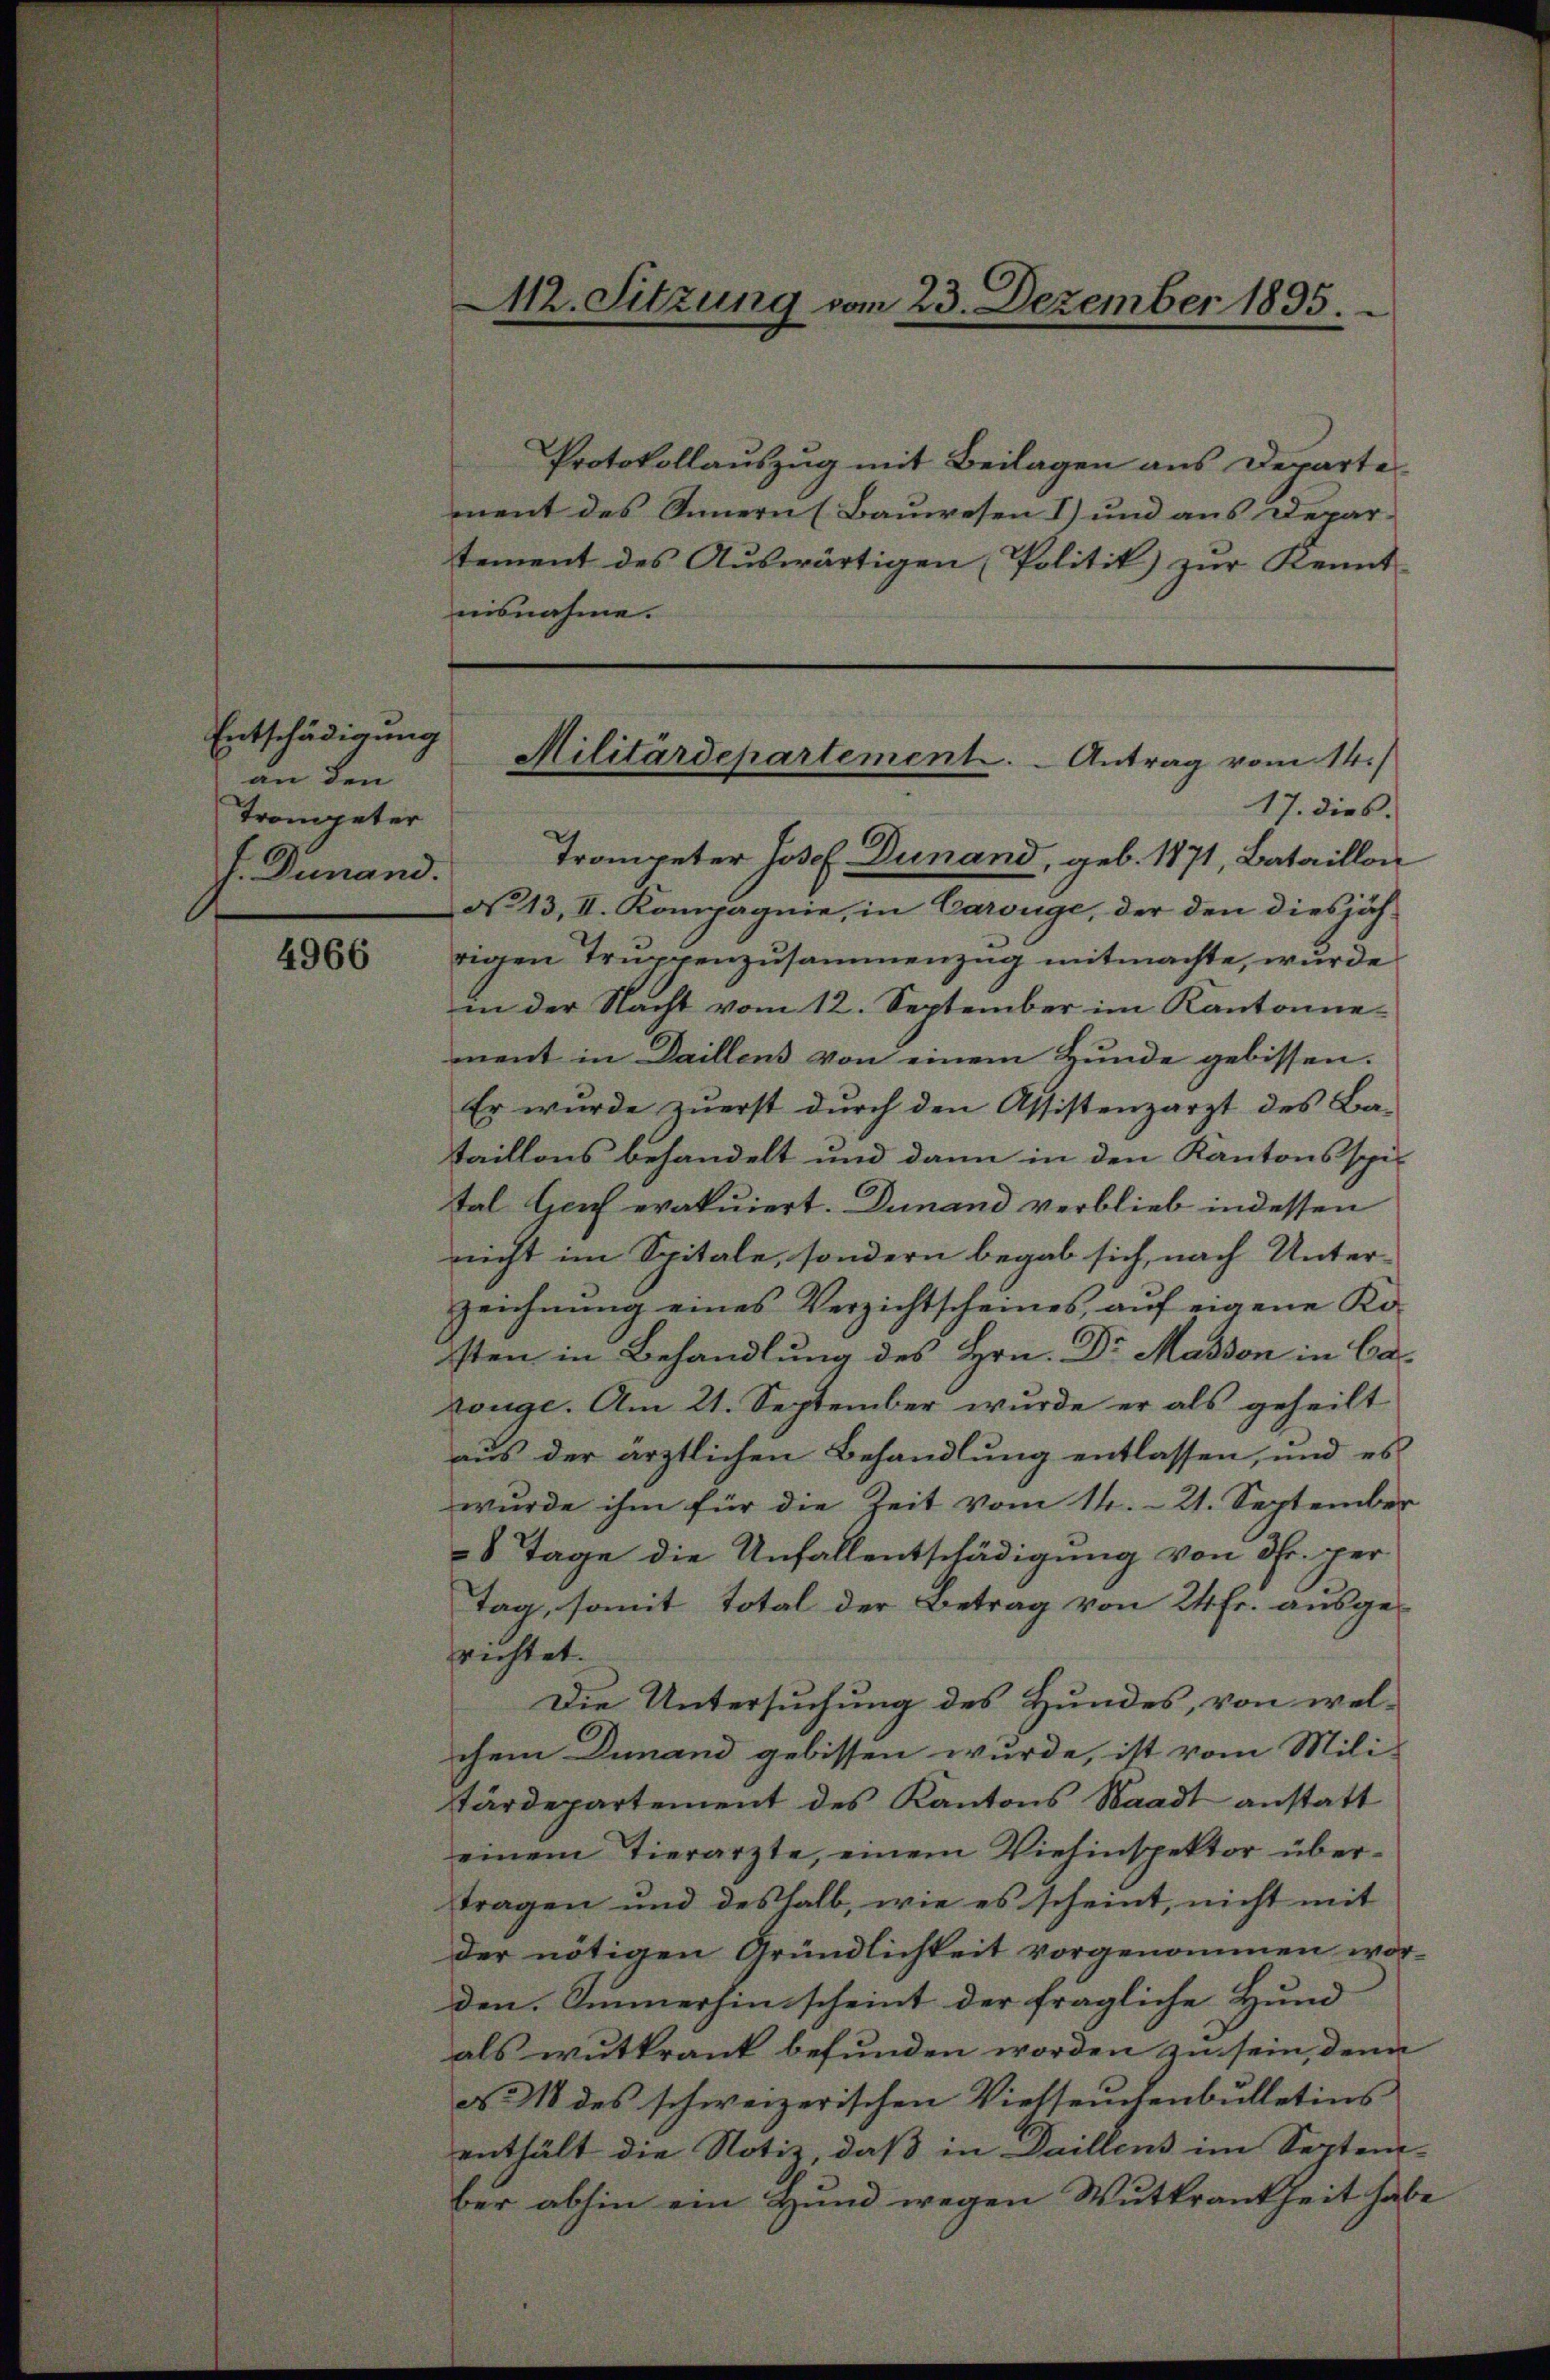
Entschädigung
an den
Trompeter
f. Demand.

4966

M2. Sitzung vom 23. Dezember 1895

Protokollauszug mit Beilagen aus Departe
ment des Innern (Bauwesen I) und aus Depar-
tement des Aŭswärtigen Politik) zŭr Kennt-
nisnahme.

Militärdepartement. - Antrag vom 14./

17. dies.
Trompeter Josef Dunand, geb. 1871, Bataillon
No 13, II. Kompagnie, in Carouge, der den diesjährigen Truppenzusammenzug mitmachte, wurde
in der Nacht vom 12. September im Kantonnement in Daillens von einem Hunde gebissen.
Er wurde zuerst durch den Assistenzarzt des Bataillons behandelt und dann in den Kantonsspie
tal Gerich erakuiert. Dunand verblieb in dessen
nicht im Spitale, sondern begab sich, nach Unter-
zeichnung eines Verzichtscheines, auf eigene Kosten in Behandlung des Hrn. Dr Massen in Cazonge. Am 21. September wurde er als geheilt
aus der ärztlichen Behandlung entlassen, und es
wurde ihm für die Zeit vom 14. 21. September
8 Tage die Unfallentschädigung von 3fr. per
Tag, somit Total der Betrag von 24 fr. ausge-
richtet.
Die Untersuchung des Hundes, von welchem Dunand gebissen wurde, ist vom Mili-
tärdepartement des Kantons Waadt anstatt
einem Tierarzte, einem Viehinspektor übertragen und deshalb, wie es scheint, nicht mit
der nötigen Gründlichkeit vorgenommen wor-
den. Immerhin scheint der fragliche Hund |
als wutkrank befunden worden zu sein, denn
N. 118 des schweizerischen Viehseuchenbulletins
enthält die Notiz, daß in Daillens im Septen-
ber abhin ein Hund wegen Wutkrankheit habe